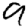
Digit: 9